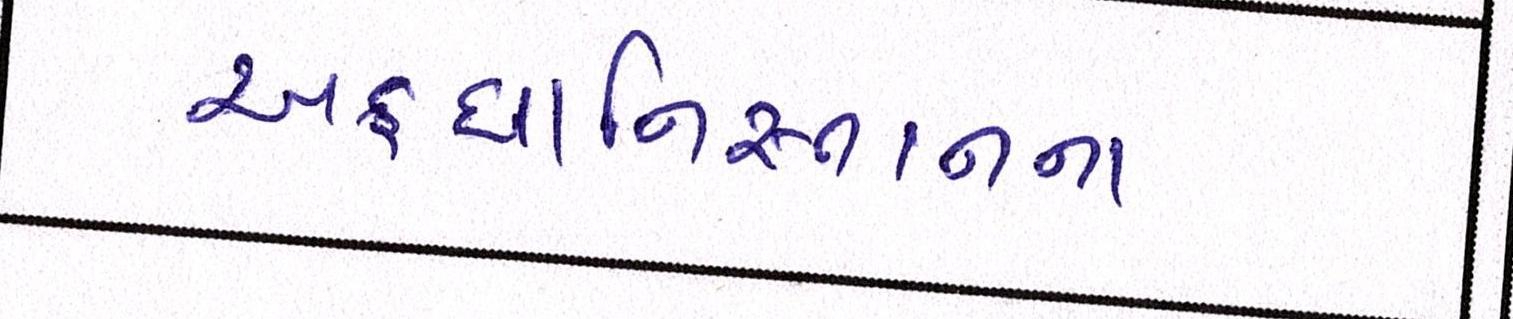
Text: અફઘાનિસ્તાનના